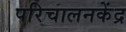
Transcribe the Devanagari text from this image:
परिचालनकेंद्र